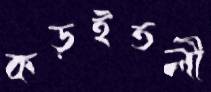
কড়ইতলী